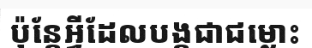
ប៉ុន្តែអ្វីដែលបង្កជាជម្លោះ